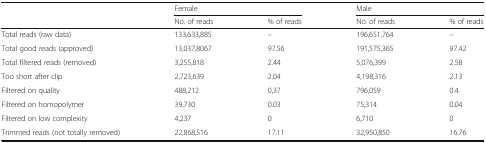
<table><thead><tr><td rowspan="2"></td><td colspan="2"><b>Female</b></td><td colspan="2"><b>Male</b></td></tr><tr><td><b>No. of reads</b></td><td><b>% of reads</b></td><td><b>No. of reads</b></td><td><b>% of reads</b></td></tr></thead><tbody><tr><td>Total reads (raw data)</td><td>133,633,885</td><td>–</td><td>196,651,764</td><td>–</td></tr><tr><td>Total good reads (approved)</td><td>13,037,8067</td><td>97.56</td><td>191,575,365</td><td>97.42</td></tr><tr><td>Total filtered reads (removed)</td><td>3,255,818</td><td>2.44</td><td>5,076,399</td><td>2.58</td></tr><tr><td>Too short after clip</td><td>2,723,639</td><td>2.04</td><td>4,198,316</td><td>2.13</td></tr><tr><td>Filtered on quality</td><td>488,212</td><td>0,37</td><td>796,059</td><td>0.4</td></tr><tr><td>Filtered on homopolymer</td><td>39,730</td><td>0.03</td><td>75,314</td><td>0.04</td></tr><tr><td>Filtered on low complexity</td><td>4,237</td><td>0</td><td>6,710</td><td>0</td></tr><tr><td>Trimmed reads (not totally removed)</td><td>22,868,516</td><td>17.11</td><td>32,950,850</td><td>16.76</td></tr></tbody></table>